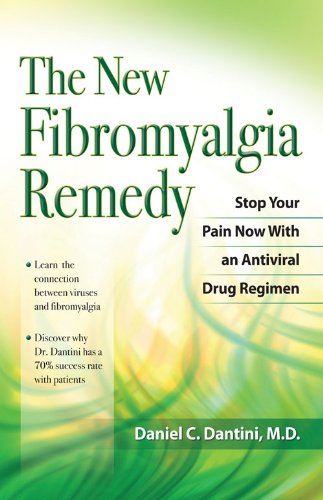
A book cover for The New Fibromyalgia Remedy: Stop Your Pain Now with an Anti-Viral Drug Regimen; Daniel C. Dantini MD; Health, Fitness & Dieting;